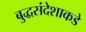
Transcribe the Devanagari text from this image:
बुद्धसंदेशाकडे